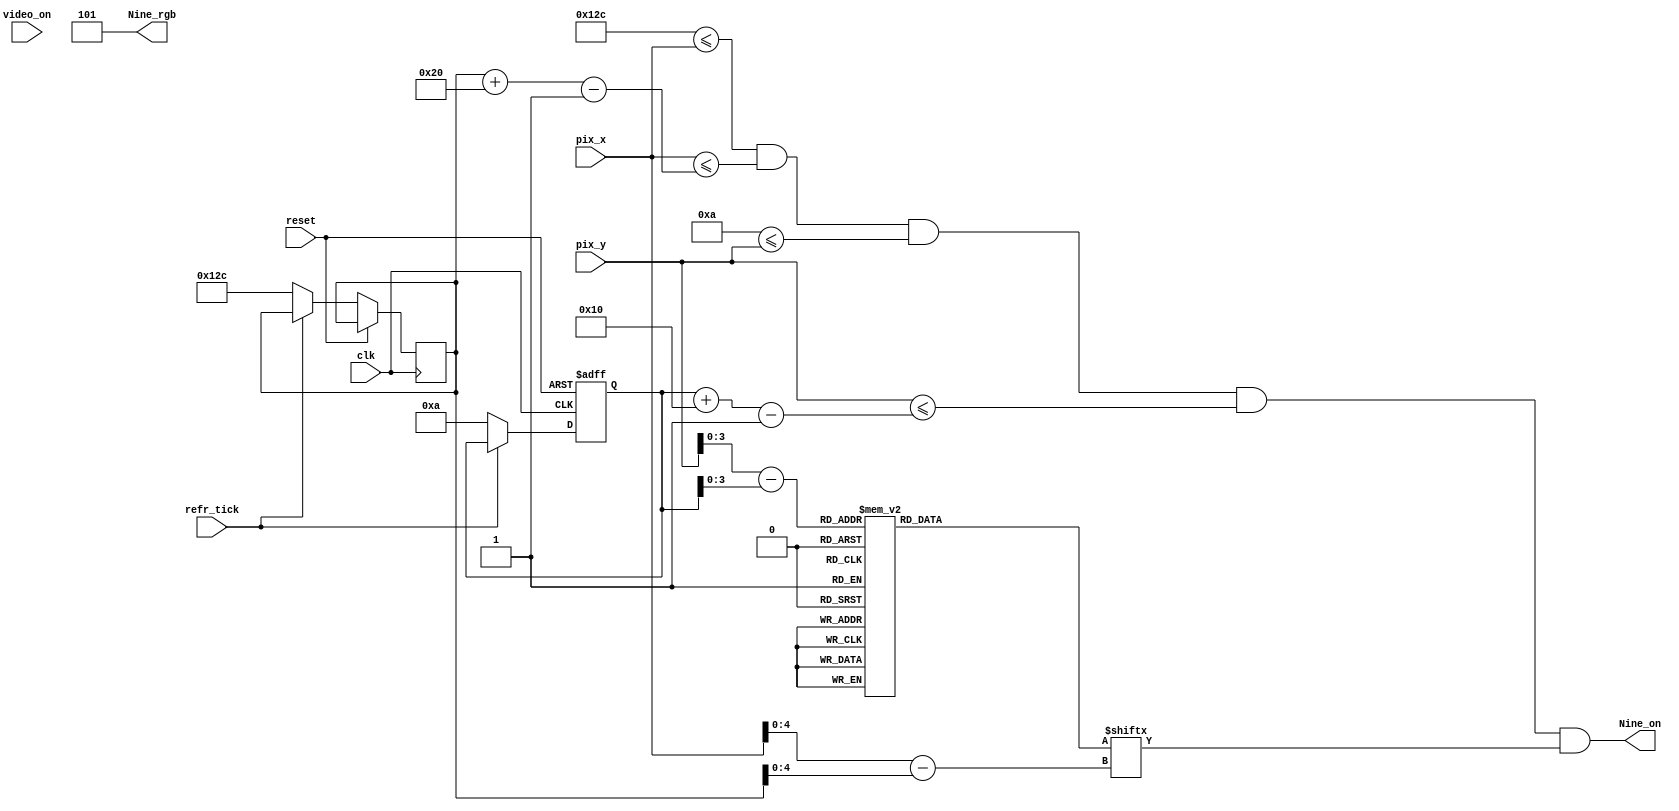
module Nine_9(clk, reset,video_on, refr_tick,pix_x,pix_y,Nine_on,Nine_rgb);
    input clk, reset;
    input video_on, refr_tick;
    input [9:0] pix_x;
    input [9:0] pix_y;
    output Nine_on;
    output [2:0] Nine_rgb;

  
  //--------------------------------------------
   // Nine Logo
   //--------------------------------------------
   wire [3:0] Nine_rom_addr; 
	wire [4:0] Nine_rom_col;
   reg [31:0] Nine_rom_data;
   wire Nine_rom_bit,Nine_Logo_on, Logo_on ;
   //--------------------------------------------
   // Nine Logo Positioning
   //--------------------------------------------
   // Logo Position left, Top boundary
   localparam Nine_X_L = 300;
	localparam Nine_X_R = 331;
   localparam Nine_X_T = 10;
	localparam Nine_X_B = 25;
   
   localparam Nine_Logo_x = 32;
   localparam Nine_Logo_y = 16;

	 // Nine left, right boundary
   wire [9:0] Nine_x_l, Nine_x_r;
   // Nine top, bottom boundary
   wire [9:0] Nine_y_t, Nine_y_b;
   // reg to track left, top position
   reg [9:0] Nine_x_reg, Nine_y_reg;
   wire [9:0] Nine_x_next, Nine_y_next; 

	// body
   //--------------------------------------------
   // Nine Logo
   //--------------------------------------------
   always @*
   case (Nine_rom_addr)
      6'h0: Nine_rom_data = 32'b00000000000011111110000000000000; //   ****
      6'h1: Nine_rom_data = 33'b00000000000111100111110000000000; //  ******
      6'h2: Nine_rom_data = 32'b00000000001110000001110000000000; // ********
      6'h3: Nine_rom_data = 32'b00000000011100000000110000000000; // ********
      6'h4: Nine_rom_data = 32'b00000000011100000000110000000000; // ********
      6'h5: Nine_rom_data = 32'b00000000011110000011110000000000; // ********
      6'h6: Nine_rom_data = 32'b00000000011111100111110000000000; //  ******
      6'h7: Nine_rom_data = 32'b00000000011111111110000000000000; //   ****
	 6'h8: Nine_rom_data = 32'b00000000011100000000000000000000; //   ****
      6'h9: Nine_rom_data = 32'b00000000011100000000000000000000; //  ******
      6'hA: Nine_rom_data = 32'b00000000011100000000000000000000; // ********
      6'hB: Nine_rom_data = 32'b00000000011100000000000000000000; // ********
      6'hC: Nine_rom_data = 32'b00000000011100000000000000000000; // ********
      6'hD: Nine_rom_data = 32'b00000000001110000000110000000000; // ********
      6'hE: Nine_rom_data = 32'b00000000000111111111110000000000; //  ******
      6'hF: Nine_rom_data = 32'b00000000000011111111000000000000; //   ****

   endcase

    //------------------------------------------
	 // Register for Nine logo
	 //------------------------------------------
	  // registers
   always @(posedge clk, posedge reset)
      if (reset)
         begin
           
			Nine_y_reg <= 0;
            
         end
      else
         begin
            
		   	Nine_x_reg <= Nine_x_next;
		   	Nine_y_reg <= Nine_y_next;
            
         end


	//--------------------------------------------
   // Nine Logo
   //--------------------------------------------
   // boundary
   assign Nine_x_l = Nine_x_reg;
   assign Nine_y_t = Nine_y_reg;
   assign Nine_x_r = Nine_x_l + Nine_Logo_x - 1;
   assign Nine_y_b = Nine_y_t + Nine_Logo_y - 1;
   // pixel within logo
   assign Logo_on =
            (Nine_X_L<=pix_x) && (pix_x<=Nine_x_r) &&
            (Nine_X_T<=pix_y) && (pix_y<=Nine_y_b);

	  //assign Logo_on =
     //       (Nine_x_l<=Nine_X_L) && (pix_x<=Nine_x_r) &&
     //       (Nine_y_t<=Nine_X_T) && (pix_y<=Nine_y_b);
   // map current pixel location to ROM addr/col
   assign Nine_rom_addr = pix_y[3:0] - Nine_y_t[3:0];
   assign Nine_rom_col = pix_x[4:0] - Nine_x_l[4:0];
   assign Nine_rom_bit = Nine_rom_data[Nine_rom_col];
   // pixel within logo
   assign Nine_on = (Logo_on & Nine_rom_bit);
   assign Nine_rgb = 3'b101; 
   
   //  assign Nine_x_next = (refr_tick)?  Nine_x_reg + 1'b1:Nine_x_reg;
   //	 assign Nine_y_next = (refr_tick) ? Nine_y_reg + 1'b1:Nine_y_reg;
   assign Nine_x_next = (refr_tick) ?  Nine_x_reg: Nine_X_L;
   assign Nine_y_next = (refr_tick) ? Nine_y_reg : Nine_X_T ;



endmodule